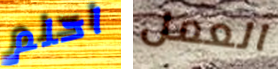
احلم العمل